Annual administration report of the Civil Veterinary Department, Ajmere-Merwara, British Rajputana - 1914-1940
Year: 1914
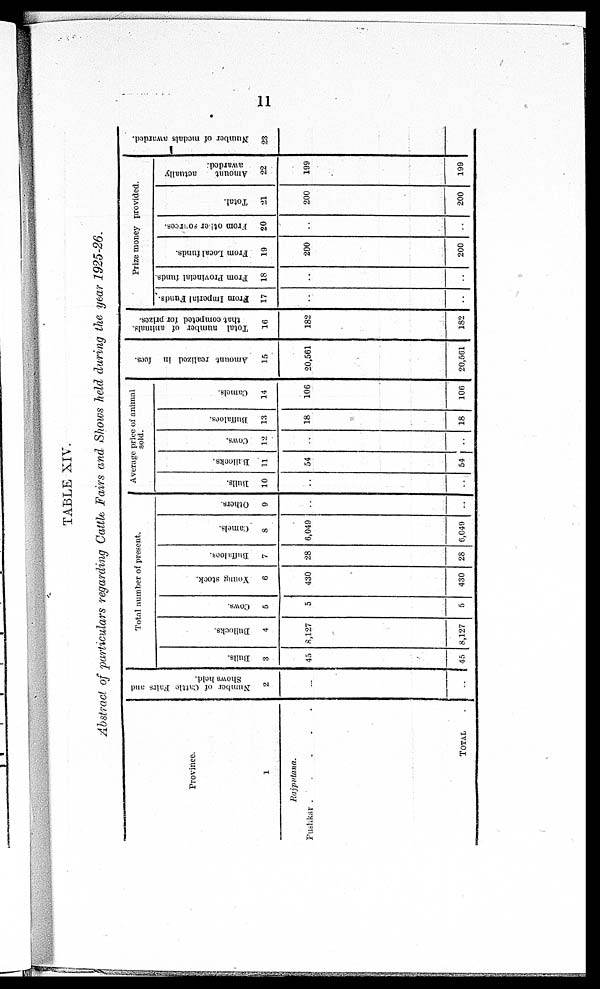
11
TABLE XIV.
Abstract of particulars regarding Cattle Fairs and Shows held during the year 1925-26.
Province.
1
Rajputana.
Pushkar . . . . .
TOTAL .
Number of Cattle Fairs and
Shows hold.
2
..
..
Total number of present.
Bulls.
3
45
45
Bullocks.
4
8,127
8,127
Cows.
5
5
5
Young stock.
6
430
430
Buffaloes.
7
28
28
Camels.
8
6,049
6,049
Others.
9
..
..
Average price of animal
sold.
Bulls.
10
..
..
Bullocks.
11
54
54
Cows.
12
..
..
Buffalocs.
13
18
18
Camels.
14
106
106
Amount realized in fees.
15
20,561
20,561
Total number of animals.
that competed for prizes.
16
182
182
Prize money provided.
From
Imperial Funds.
17
..
..
From Provincial funds.
18
..
..
From Local funds.
19
200
200
From other sourees.
20
..
..
Total.
21
200
200
Amount
actually
awarded.
22
199
199
Number of medals awarded.
23